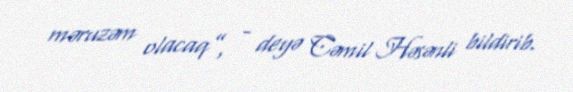
məruzəm olacaq”, - deyə Cəmil Həsənli bildirib.